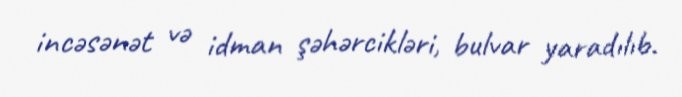
incəsənət və idman şəhərcikləri, bulvar yaradılıb.